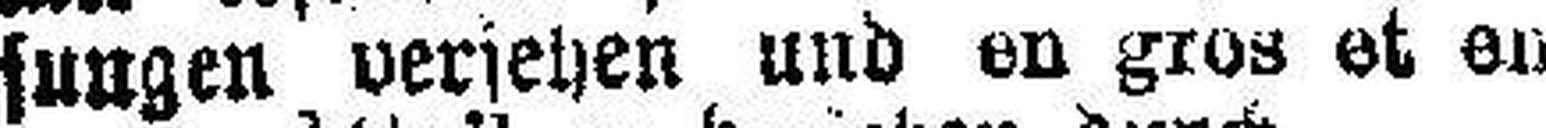
sungen versehen und on gros et en